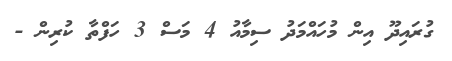
ގުރައިދޫ އިން މުހައްމަދު ސިމާއު 4 މަސް 3 ހަފްތާ ކުރިން -